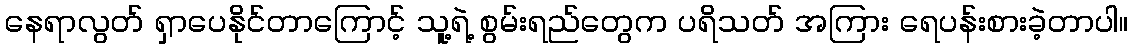
နေရာလွတ် ရှာပေနိုင်တာကြောင့် သူ့ရဲ့ စွမ်းရည်တွေက ပရိသတ် အကြား ရေပန်းစားခဲ့တာပါ။